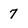
Character: 7